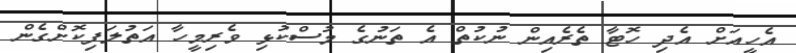
އެހީއަށް އެދި ހޮޓާ ތެރެއިން ނުކުތް އެ ތަނުގެ މުސްކުޅި ވެރިމީހާ އަތުލަފިކޮށްގެން